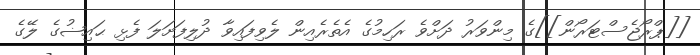
[[ޕްރޯޖެސްޓަރޯން]]ގެ މިންވަރު ދަށްވެ ރަހިމުގެ އެތެރެއިން ލެވިފައިވާ ދުލިފަށަލަ ފެޅި ޙައިޟުގެ ލޭގެ